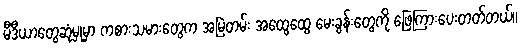
မီဒီယာတွေဆုံမှုမှာ ကစားသမားတွေက အမြဲတမ်း အထွေထွေ မေးခွန်းတွေကို ဖြေကြားပေးတတ်တယ်။